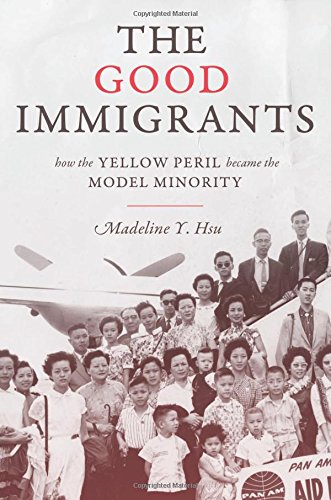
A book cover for The Good Immigrants: How the Yellow Peril Became the Model Minority (Politics and Society in Twentieth-Century America); Madeline Y. Hsu; History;